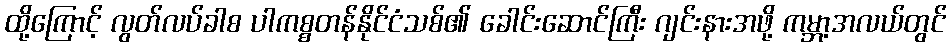
ထို့ကြောင့် လွတ်လပ်ခါစ ပါကစ္စတန်နိုင်ငံသစ်၏ ခေါင်းဆောင်ကြီး ဂျင်းနားအဖို့ ကမ္ဘာ့အလယ်တွင်